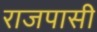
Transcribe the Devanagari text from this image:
राजपासी